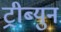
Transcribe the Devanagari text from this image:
ट्रीब्युन